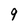
Character: 9